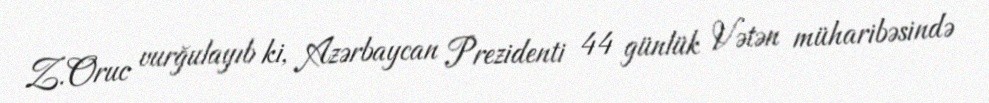
Z.Oruc vurğulayıb ki, Azərbaycan Prezidenti 44 günlük Vətən müharibəsində